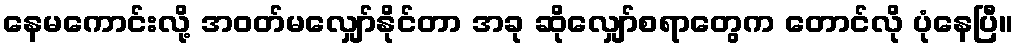
နေမကောင်းလို့ အဝတ်မလျှော်နိုင်တာ အခု ဆိုလျှော်စရာတွေက တောင်လို ပုံနေပြီ။